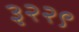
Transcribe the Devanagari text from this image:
३२२९